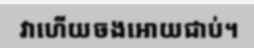
វាហើយចងអោយជាប់។